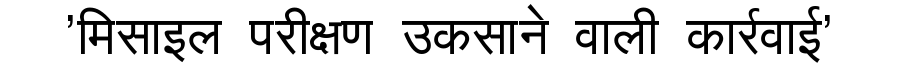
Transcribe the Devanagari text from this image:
'मिसाइल परीक्षण उकसाने वाली कार्रवाई'